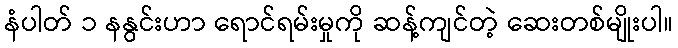
နံပါတ် ၁ နနွင်းဟာ ရောင်ရမ်းမှုကို ဆန့်ကျင်တဲ့ ဆေးတစ်မျိုးပါ။